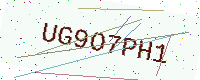
Text: UG9O7PH1